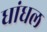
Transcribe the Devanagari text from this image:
धांधल